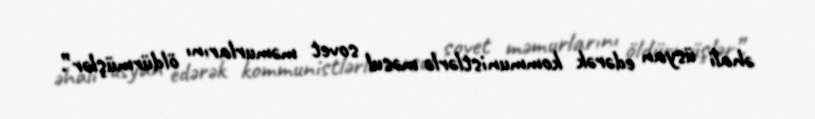
əhali üsyan edərək kommunistlərlə məsul sovet məmurlarını öldürmüşlər”.